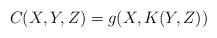
LaTeX: \begin{align*}C(X,Y,Z)=g(X,K(Y,Z))\end{align*}